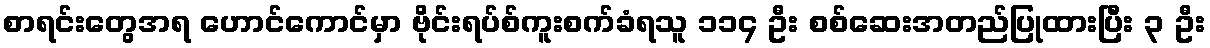
စာရင်းတွေအရ ဟောင်ကောင်မှာ ဗိုင်းရပ်စ်ကူးစက်ခံရသူ ၁၁၄ ဦး စစ်ဆေးအတည်ပြုထားပြီး ၃ ဦး